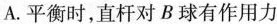
A.平衡时，直杆对B球有作用力